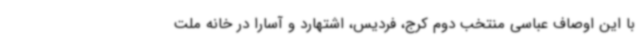
با این اوصاف عباسی منتخب دوم کرج، فردیس، اشتهارد و آسارا در خانه ملت